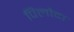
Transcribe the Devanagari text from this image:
पिलौदा